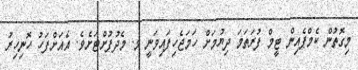
މިގޮތުން ކެމްޕެއިން ޓީމް ފުރަތަމަ ދިޔުމަށް ހަމަޖެހިފައިވަނީ މ. މެދުފުށްޓަށެވެ. އެއަށްފަހު ހޮނިހިރު